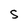
Character: S